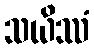
သယိဿံ